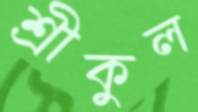
শ্রীকুল